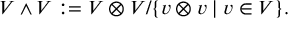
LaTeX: V \wedge V : = V \otimes V / \{ v \otimes v \mid v \in V \} .